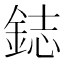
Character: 鋕